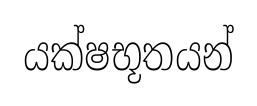
යක්ෂභූතයන්